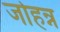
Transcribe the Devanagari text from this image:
जोहन्न